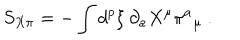
S _ { X \pi } = - \int d ^ { p } \xi \ \partial _ { a } X ^ { \mu } \pi ^ { a } { _ { \mu } } \ .